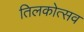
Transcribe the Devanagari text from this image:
तिलकोत्सव